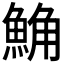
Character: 𩷛